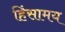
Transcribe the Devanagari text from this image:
हिंसामय